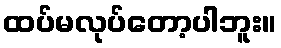
ထပ်မလုပ်တော့ပါဘူး။